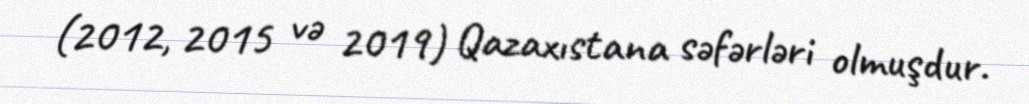
(2012, 2015 və 2019) Qazaxıstana səfərləri olmuşdur.